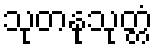
သုတနုသုတ္တံ